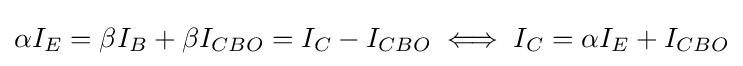
\alpha I_{E}=\beta I_{B}+\beta I_{CBO}=I_{C}-I_{CBO}\iff I_{C}=\alpha I_{E}+I_{CBO}